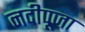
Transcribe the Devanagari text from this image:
नदीपूजा